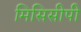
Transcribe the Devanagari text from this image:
मिसिसीपी